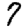
Digit: 7